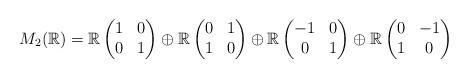
LaTeX: \begin{align*}M_2(\mathbb{R}) =\mathbb{R} \begin{pmatrix} 1 & 0 \\ 0 & 1 \end{pmatrix}\oplus\mathbb{R} \begin{pmatrix} 0 & 1 \\ 1 & 0 \end{pmatrix}\oplus\mathbb{R} \begin{pmatrix} -1 & 0 \\ 0 & 1 \end{pmatrix}\oplus\mathbb{R} \begin{pmatrix} 0 & -1 \\ 1 & 0 \end{pmatrix}\end{align*}